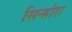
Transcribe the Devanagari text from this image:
सिन्होरा